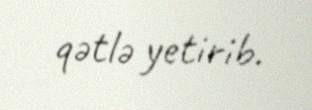
qətlə yetirib.